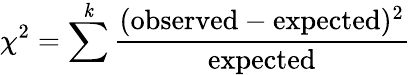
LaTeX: \chi^{2}=\sum^{\mathit{k}}{\frac{{({\mathrm{{observed}}}-{\mathrm{{expected}}})^{2}}}{{\mathrm{{expected}}}}}